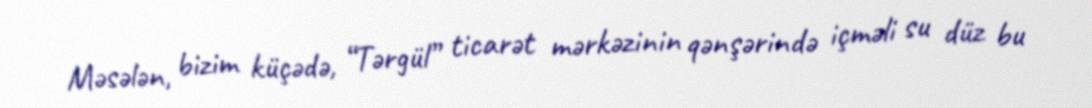
Məsələn, bizim küçədə, “Tərgül” ticarət mərkəzinin qənşərində içməli su düz bu